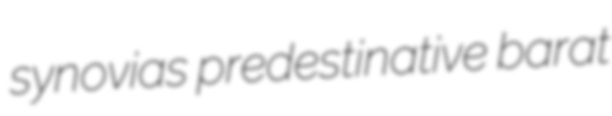
synovias predestinative barat